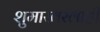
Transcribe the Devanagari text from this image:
शुमाखरलाही